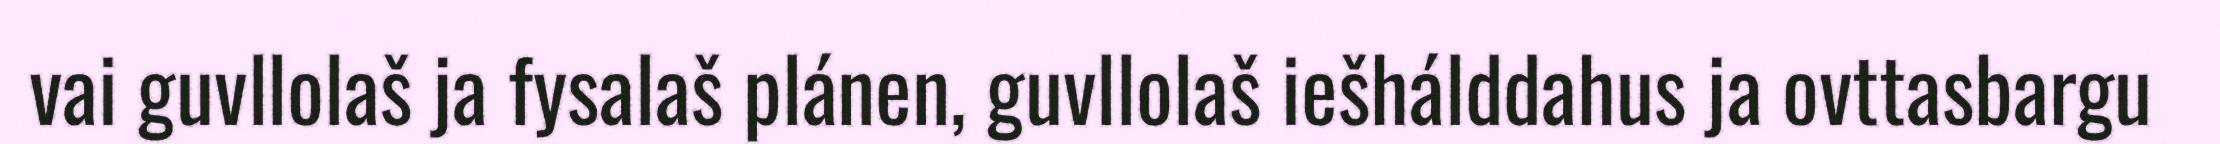
vai guvllolaš ja fysalaš plánen, guvllolaš iešhálddahus ja ovttasbargu